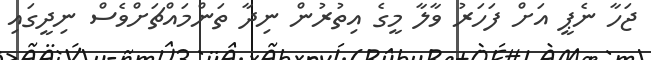
ޖަހާ ނެޕީ އަށް ފަހަރު ވާލާ މީގެ އިތުރުން ނިދާ ތަންމައްޗަށްވެސް ނިދީގައި